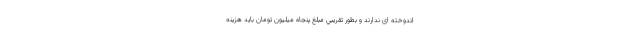
اندوخته ای ندارند و بطور تقريبي مبلغ پنجاه میلیون تومان باید هزینه